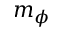
m _ { \phi }